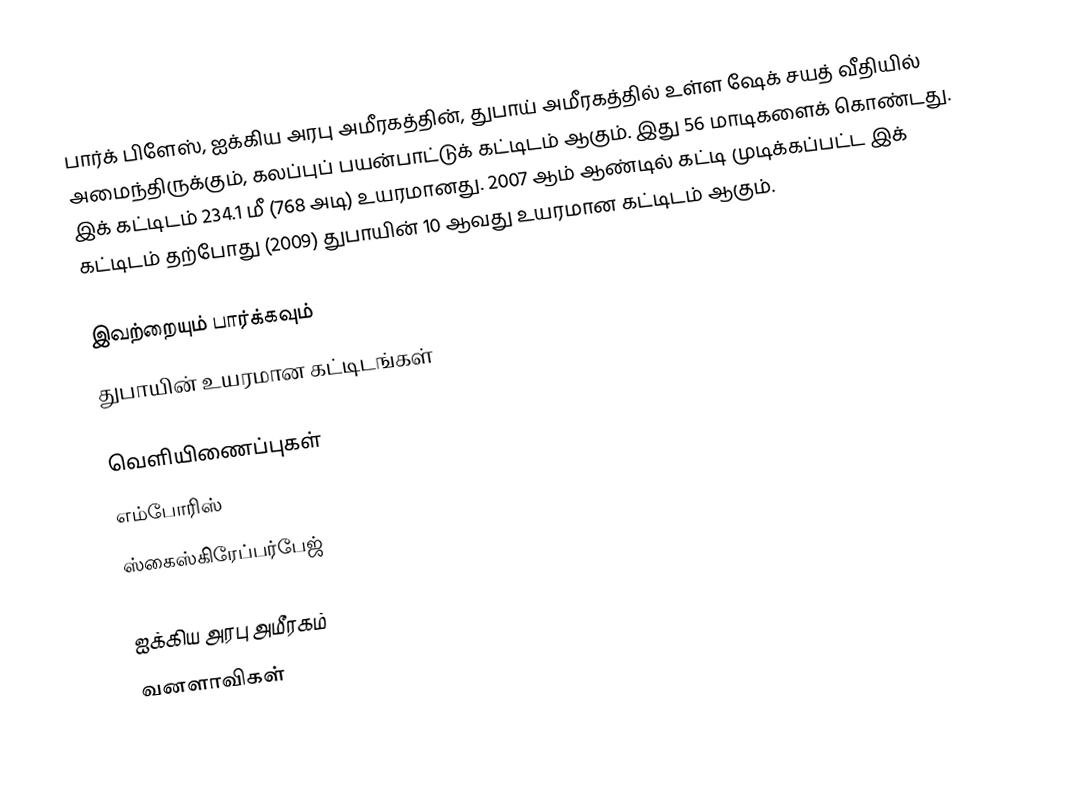
பார்க் பிளேஸ், ஐக்கிய அரபு அமீரகத்தின், துபாய் அமீரகத்தில் உள்ள ஷேக் சயத் வீதியில் அமைந்திருக்கும், கலப்புப் பயன்பாட்டுக் கட்டிடம் ஆகும். இது 56 மாடிகளைக் கொண்டது. இக் கட்டிடம் 234.1 மீ (768 அடி) உயரமானது. 2007 ஆம் ஆண்டில் கட்டி முடிக்கப்பட்ட இக் கட்டிடம் தற்போது (2009) துபாயின் 10 ஆவது உயரமான கட்டிடம் ஆகும்.

இவற்றையும் பார்க்கவும்
 துபாயின் உயரமான கட்டிடங்கள்

வெளியிணைப்புகள்
 எம்போரிஸ்
 ஸ்கைஸ்கிரேப்பர்பேஜ்

ஐக்கிய அரபு அமீரகம்
வனளாவிகள்